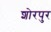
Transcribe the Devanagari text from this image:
शोरपुर